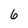
Character: 6